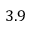
3 . 9